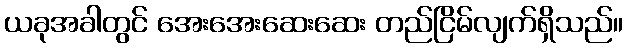
ယခုအခါတွင် အေးအေးဆေးဆေး တည်ငြိမ်လျက်ရှိသည်။